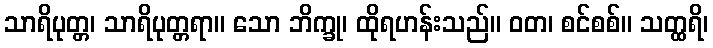
သာရိပုတ္တ၊ သာရိပုတ္တရာ။ သော ဘိက္ခု၊ ထိုရဟန်းသည်။ ဝတ၊ စင်စစ်။ သတ္ထရိ၊